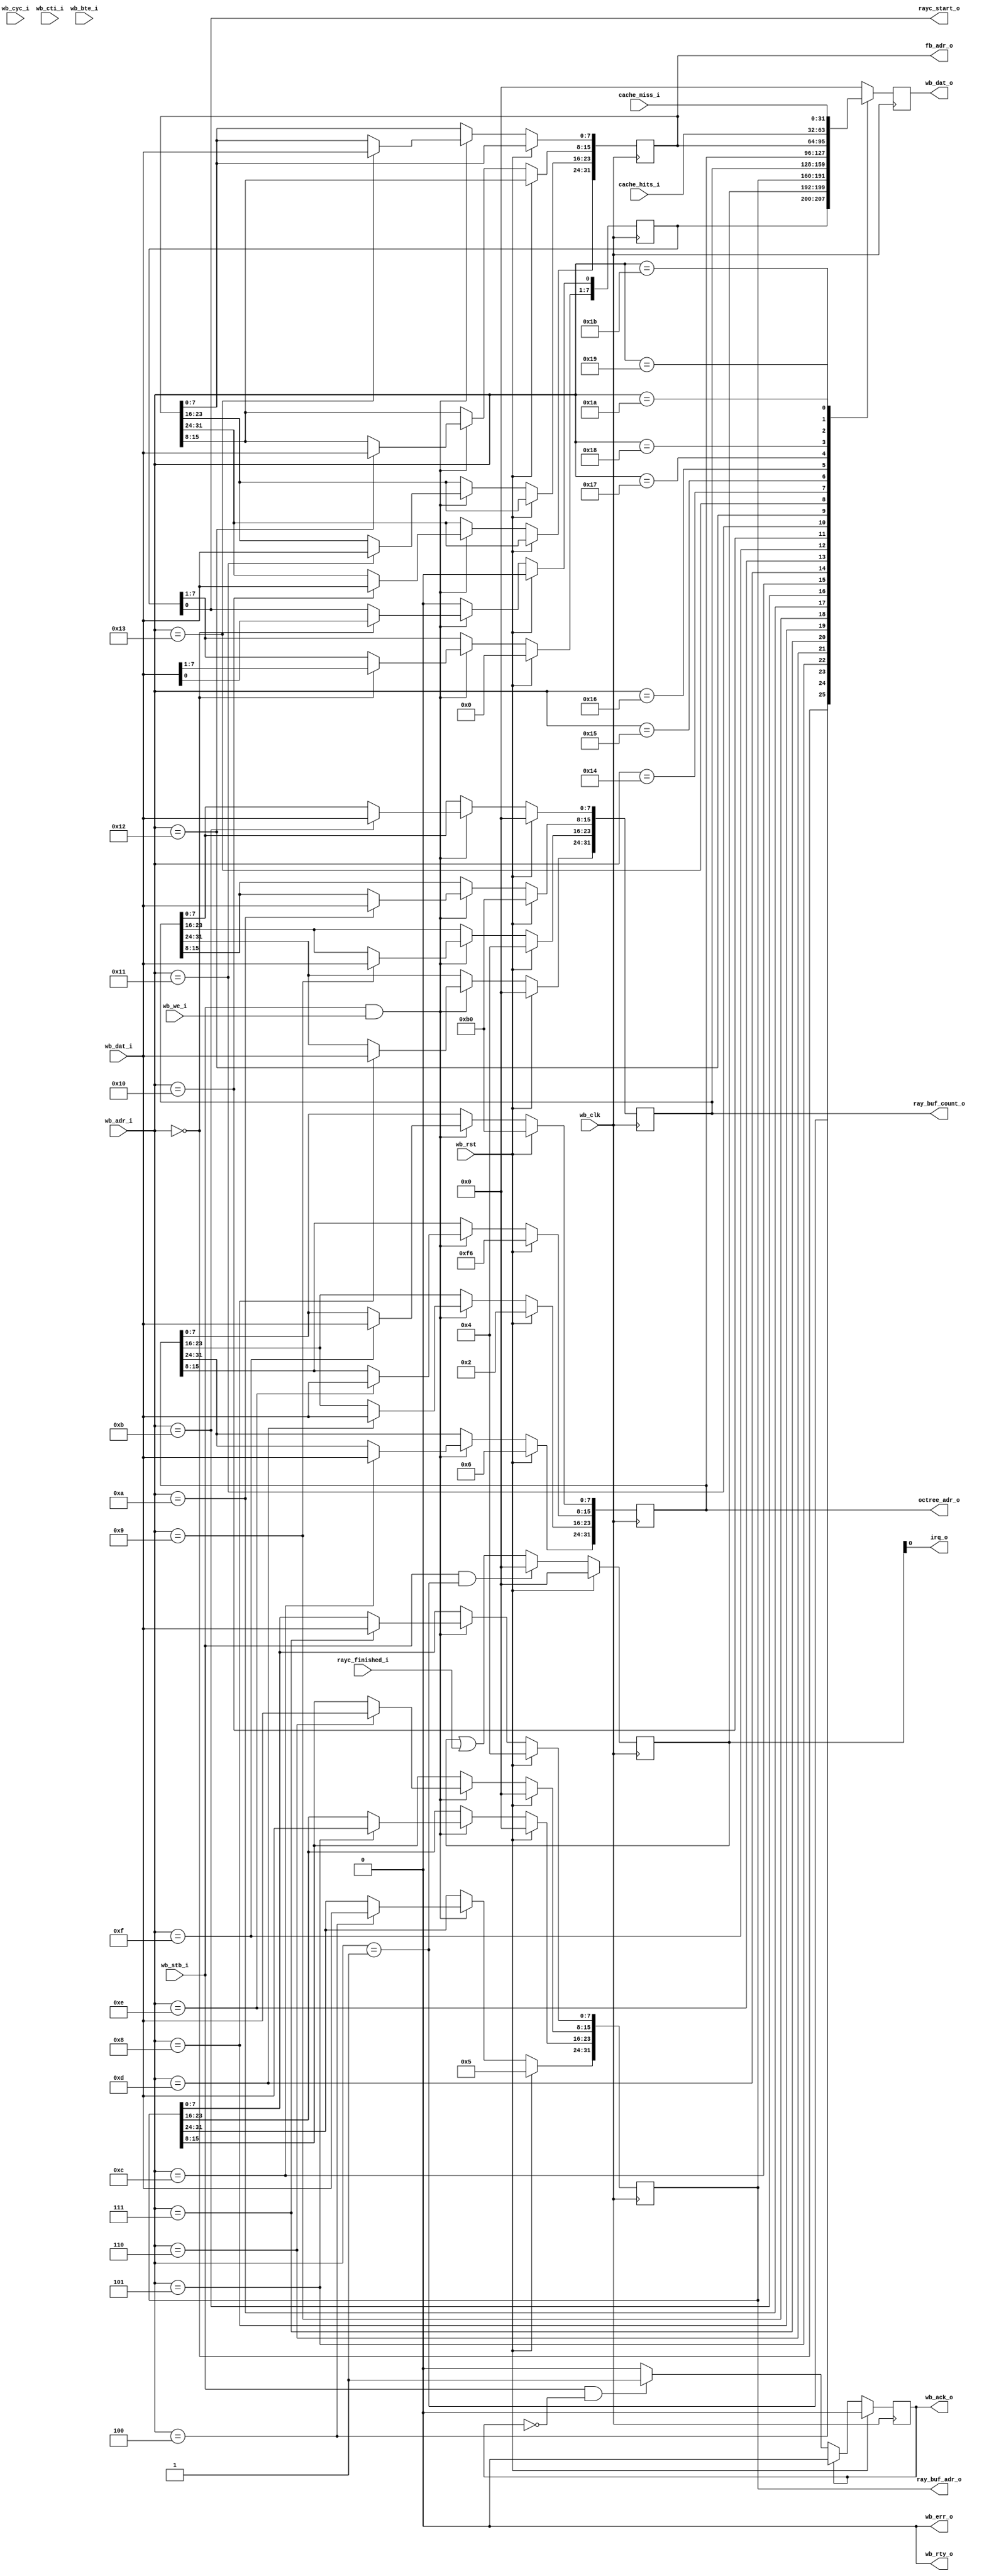
module raycast_slave
	(
		wb_clk,
		wb_rst,

		// WB Slave
		wb_adr_i, wb_dat_i,
		wb_we_i, wb_cyc_i, wb_stb_i,
		wb_cti_i, wb_bte_i,
		wb_dat_o, wb_ack_o, wb_err_o, wb_rty_o,

		rayc_start_o,
		ray_buf_adr_o, ray_buf_count_o, octree_adr_o, fb_adr_o,
		rayc_finished_i,

		cache_hits_i,
		cache_miss_i,

		irq_o
	);


	// = Ports =
	input wb_clk;
	input wb_rst;

	input [7:0]			wb_adr_i;
	input [7:0]			wb_dat_i;
	input 	  			wb_we_i;
	input 	  			wb_cyc_i;
	input 	  			wb_stb_i;
	input [2:0]			wb_cti_i;
	input [1:0]			wb_bte_i;
	output reg [7:0]	wb_dat_o;
	output reg 		 	wb_ack_o;
	output 		    	wb_err_o;
	output 		    	wb_rty_o;

	output rayc_start_o;
	output [31:0] ray_buf_adr_o;
	output [31:0] ray_buf_count_o;
	output [31:0] octree_adr_o;
	output [31:0] fb_adr_o;
	input rayc_finished_i;

	input [31:0] cache_miss_i;
	input [31:0] cache_hits_i;

	output irq_o;
	// --

	// = Registers =
	reg [7:0] control_reg; // 0: rayc_start
	reg [7:0] status_reg;
	reg [31:0] ray_buf_adr_reg;
	reg [31:0] ray_buf_count_reg;
	reg [31:0] octree_adr_reg;
	reg [31:0] fb_adr_reg;
	// --

	// = Assignments =
	assign rayc_start_o    = control_reg[0];
	assign ray_buf_adr_o      = ray_buf_adr_reg;
	assign ray_buf_count_o	  = ray_buf_count_reg;
	assign octree_adr_o	  = octree_adr_reg;
	assign fb_adr_o        = fb_adr_reg;

	assign irq_o = status_reg[0];
	// --

	// = Register writes =
	always @(posedge wb_clk)
		if (wb_rst)
		begin
			control_reg <= 8'b0;
			ray_buf_adr_reg <= 32'd83886084;
			ray_buf_count_reg <= 32'd307200;
			octree_adr_reg <= 32'd100857520;
		end
		else if (wb_stb_i & wb_we_i) // & wb_cyc_i ?
		begin
			case (wb_adr_i)
				0:  begin
					control_reg <= wb_dat_i;
				end

				4:  ray_buf_adr_reg[31:24] <= wb_dat_i;
				5:  ray_buf_adr_reg[23:16] <= wb_dat_i;
				6:  ray_buf_adr_reg[15: 8] <= wb_dat_i;
				7:  ray_buf_adr_reg[ 7: 0] <= wb_dat_i;

				8:  ray_buf_count_reg[31:24] <= wb_dat_i;
				9:  ray_buf_count_reg[23:16] <= wb_dat_i;
				10: ray_buf_count_reg[15: 8] <= wb_dat_i;
				11: ray_buf_count_reg[ 7: 0] <= wb_dat_i;

				12: octree_adr_reg[31:24] <= wb_dat_i;
				13: octree_adr_reg[23:16] <= wb_dat_i;
				14: octree_adr_reg[15: 8] <= wb_dat_i;
				15: octree_adr_reg[ 7: 0] <= wb_dat_i;

				16: fb_adr_reg[31:24] <= wb_dat_i;
				17: fb_adr_reg[23:16] <= wb_dat_i;
				18: fb_adr_reg[15: 8] <= wb_dat_i;
				19: fb_adr_reg[ 7: 0] <= wb_dat_i;
			endcase
		end
		else begin
			// Strobe signals reset
			control_reg[0] <= 0;
		end
	// --

	//  = Register read =
	always @(posedge wb_clk)
	  begin
		case (wb_adr_i)
			0:  wb_dat_o <= control_reg;
			1:  wb_dat_o <= status_reg;
			4:  wb_dat_o <= ray_buf_adr_reg[31:24];
			5:  wb_dat_o <= ray_buf_adr_reg[23:16];
			6:  wb_dat_o <= ray_buf_adr_reg[15: 8];
			7:  wb_dat_o <= ray_buf_adr_reg[ 7: 0];

			8:  wb_dat_o <= ray_buf_count_reg[31:24];
			9:  wb_dat_o <= ray_buf_count_reg[23:16];
			10: wb_dat_o <= ray_buf_count_reg[15: 8];
			11: wb_dat_o <= ray_buf_count_reg[ 7: 0];

			12: wb_dat_o <= octree_adr_reg[31:24];
			13: wb_dat_o <= octree_adr_reg[23:16];
			14: wb_dat_o <= octree_adr_reg[15: 8];
			15: wb_dat_o <= octree_adr_reg[ 7: 0];

			16:  wb_dat_o <= fb_adr_reg[31:24];
			17:  wb_dat_o <= fb_adr_reg[23:16];
			18:  wb_dat_o <= fb_adr_reg[15: 8];
			19:  wb_dat_o <= fb_adr_reg[ 7: 0];


			20:  wb_dat_o <= cache_hits_i[31:24];
			21:  wb_dat_o <= cache_hits_i[23:16];
			22:  wb_dat_o <= cache_hits_i[15: 8];
			23:  wb_dat_o <= cache_hits_i[ 7: 0];

			24:  wb_dat_o <= cache_miss_i[31:24];
			25:  wb_dat_o <= cache_miss_i[23:16];
			26:  wb_dat_o <= cache_miss_i[15: 8];
			27:  wb_dat_o <= cache_miss_i[ 7: 0];
		default: wb_dat_o <= 7'd0;
		endcase
	  end
	// --

	// = =
	always @(posedge wb_clk)
	if (wb_rst) begin
		status_reg <= 8'b0;
	end
	else begin
		if (wb_stb_i && wb_adr_i==1)
			status_reg <= 8'b0;
		else
			status_reg <= status_reg | {7'b0, rayc_finished_i};
	end
	// --

	// = Ack generation	=
	always @(posedge wb_clk)
	   if (wb_rst)
	    wb_ack_o <= 0;
	  else if (wb_ack_o)
	    wb_ack_o <= 0;
	  else if (wb_stb_i & !wb_ack_o)
	    wb_ack_o <= 1;
	// --

	assign wb_err_o = 0;
	assign wb_rty_o = 0;

endmodule